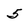
Character: 5